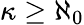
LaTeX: \kappa\geq\aleph_{0}